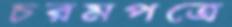
চরমপত্রে